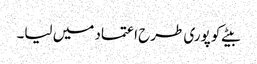
بیٹے کو پوری طرح اعتماد میں لیا۔